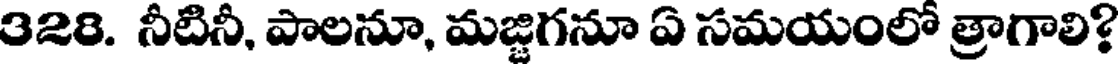
328. నీటినీ, పాలనూ, మజ్జిగనూ ఏ సమయంలో త్రాగాలి?